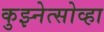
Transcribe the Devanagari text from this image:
कुझ्नेत्सोव्हा